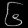
Digit: ၆